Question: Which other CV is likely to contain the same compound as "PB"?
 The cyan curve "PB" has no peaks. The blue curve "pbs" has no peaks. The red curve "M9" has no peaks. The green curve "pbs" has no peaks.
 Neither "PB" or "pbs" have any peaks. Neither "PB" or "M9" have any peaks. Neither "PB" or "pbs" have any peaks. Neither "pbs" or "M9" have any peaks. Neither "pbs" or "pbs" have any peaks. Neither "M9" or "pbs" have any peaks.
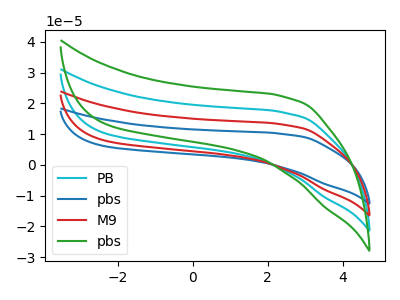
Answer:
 <answer>"PB", "pbs" and "M9" have a similar shape to "pbs".</answer>
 <eval>"PB" "pbs" "M9"</eval>